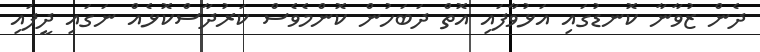
ދެން ޒުވާނާ ކޮނޑުގައި އަޅުވާފައި އޮތް ދަބަހުން ކޮންމެވެސް ކަރުދާސްކޮޅެއް ނަގައި ދީފައި